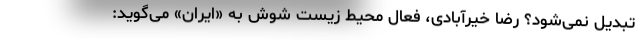
تبدیل نمی‌شود؟ رضا خیرآبادی، فعال محیط زیست شوش به «ایران» می‌گوید: